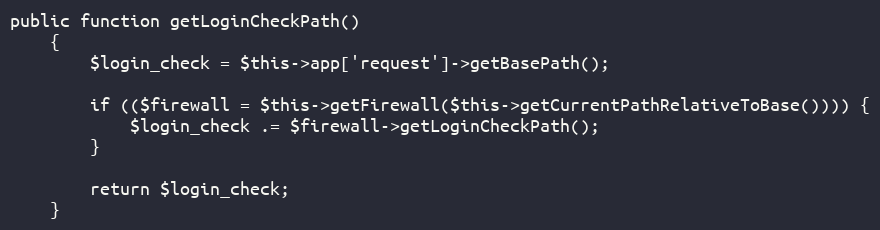
Language: PHP
public function getLoginCheckPath()
    {
        $login_check = $this->app['request']->getBasePath();

        if (($firewall = $this->getFirewall($this->getCurrentPathRelativeToBase()))) {
            $login_check .= $firewall->getLoginCheckPath();
        }

        return $login_check;
    }